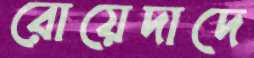
রোয়েদাদে